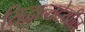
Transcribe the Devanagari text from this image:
सिद्धान्तदेखील